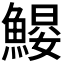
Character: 𱆶